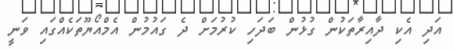
އަދި އެކި ދާއިރާތަކުން ގުޅުން ބަދަހި ކުރުމަށް ދެ ގައުމުން އެމްއޯޔޫތަކެއްގައި ވަނީ